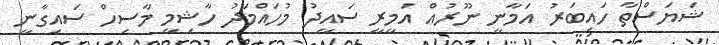
ޝަޔަސްތާ ހައިބަރު އަމާނީ ނޫރުއް އަމީރީ ސައީދު މުހައްމަދު ހާޝިމީ މާސިހް ސައިގާނީ